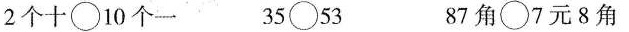
2个10 \bigcirc 10个一 35 \bigcirc 53 87角 \bigcirc 7元八角